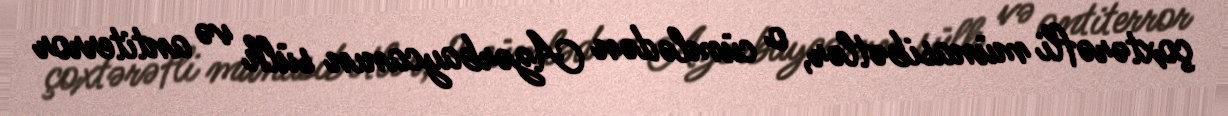
çoxtərəfli münasibətlər, o cümlədən Azərbaycanın sülh və antiterror